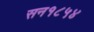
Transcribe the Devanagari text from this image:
सन१८५४